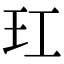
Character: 玒